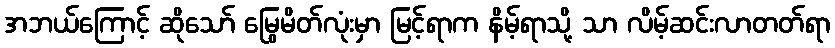
အဘယ်ကြောင့် ဆိုသော် မြွေမိတ်လုံးမှာ မြင့်ရာက နိမ့်ရာသို့ သာ လိမ့်ဆင်းလာတတ်ရာ